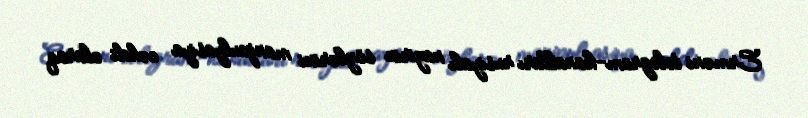
Erməni telegram-kanalları rusiyalı nazirin sözlərini manipulyasiya cəhdi olaraq